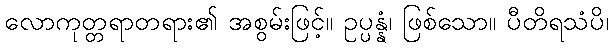
လောကုတ္တရာတရား၏ အစွမ်းဖြင့်။ ဥပ္ပန္နံ၊ ဖြစ်သော။ ပီတိရသံပိ၊